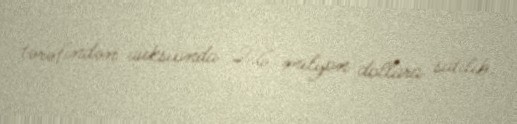
tərəfindən auksionda 2.6 milyon dollara satılıb.